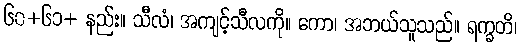
၆၀+၆၁+ နည်း။ သီလံ၊ အကျင့်သီလကို။ ကော၊ အဘယ်သူသည်။ ရက္ခတိ၊